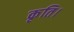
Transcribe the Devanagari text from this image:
कृति।